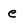
Character: e